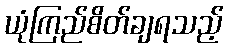
ယုံကြည်စိတ်ချရသည့်